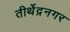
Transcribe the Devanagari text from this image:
तीर्थेद्रनगर